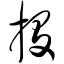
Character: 投